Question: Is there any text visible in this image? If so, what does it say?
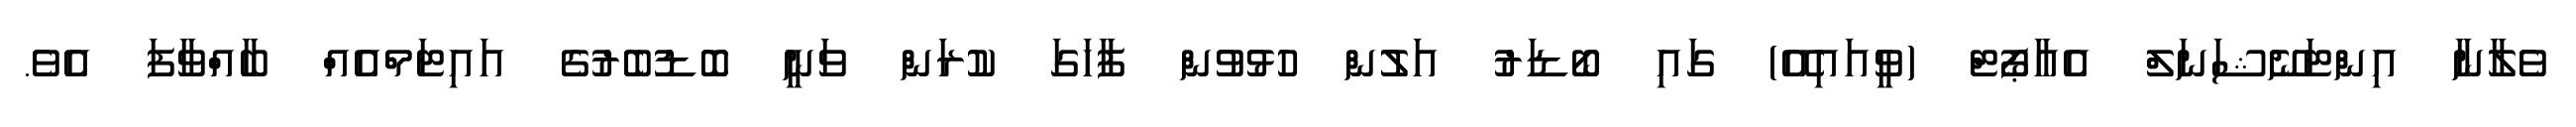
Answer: ވެލާނާ އިންޓަނޭޝަނަލް އެއާޕޯޓް (ވީއައިއޭ) ގައި ބޯޑަރު އަލުން ހުޅުވުން ފާހަގަ ކުރަން ވަނީ ބޮޑުބެރުގެ އައިޓަމްއެއް ބާއްވާފަ އެވެ.